Memorandum on the prevention of leprosy by segregation of the affected
Disease focus: Leprosy
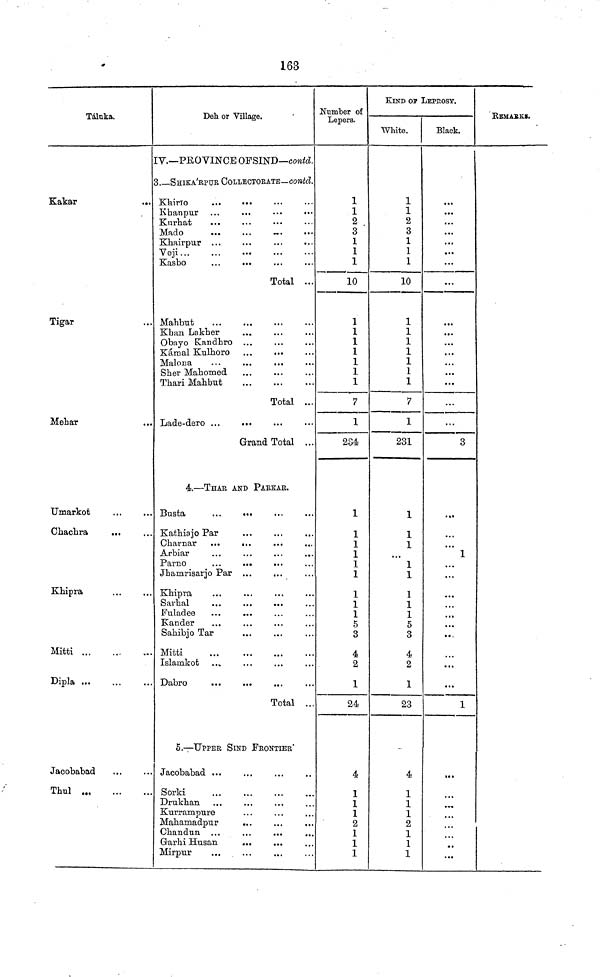
163
Táluka.
Kakar
...
Tigar
Mehar
Umarkot
Cliachra
Khipra
Mitti
Dipla
Jacobabad
Thul
Deh. or Village.
IV.—PROVINCE OF SIND—contd.
3.__SHIKA'BPUR COLLECTORATE—contd.
KkirIo
Kurhat
Mado
Khairpur
Veji
Kasbo
Total ...
MaTibut
Khan Laklier
Obnyo Kandhro ...
Kámal Kulhoro ...
...
Malona
Sher Mahomed
Thari Mahbut
Total ...
Lade-dero ...
...
Grand Total ...
4.—THAR AND PARKAK.
Busta
...
...
Katliiajo Par
Arbiar
...
...
...
...
Parno
Jhainrisarjo Par ...
Klaipra
Fuladee
...
...
Kander
Sahibjo Tar
Mitti
Islamkot
Total ...
5.—UPPER SIND FRONTIER'
Jacobabad ...
Sorki
Drukhan
Kurrampure
Mahamadpur
Garhi Hnsan
...
...
Mirpur
Number of
Lepers.
1
1
2
3
1
1
1
10
1
1
1
1
1
1
1
7
1
234
1
1
1
1
1
1
1
1
1
5
3
4
2
1
24
4
1
1
1
2
1
1
1
KIND OP LEPROSY.
White.
1
1
2
3
1
1
1
10
1
1
1
1
1
1
1
7
1
231
1
1
1
1
1
1
1
1
5
3
2
1
23
4
1
1
1
2
1
1
1
Black.
,,,
...
...
...
...
...
...
...
...
...
...
...
...
...
...
...
...
3
...
1
...
...
...
...
1
•••
...
REMARK*.